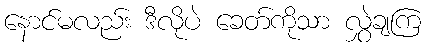
နောင်မလည်း ဒီလိုပဲ ခေတ်ကိုသာ လွှဲချကြ